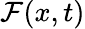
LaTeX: \mathcal{F}(x,t)